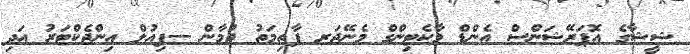
ޝީޝާގެ އޮޕަރޭޝަންސް އެންޑް މާކެޓިންގް މެނޭޖަރ ފާތިމަތު ޖުމާން --ފިއުލް އިންޖެކްޓަރު އަދި